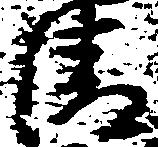
清